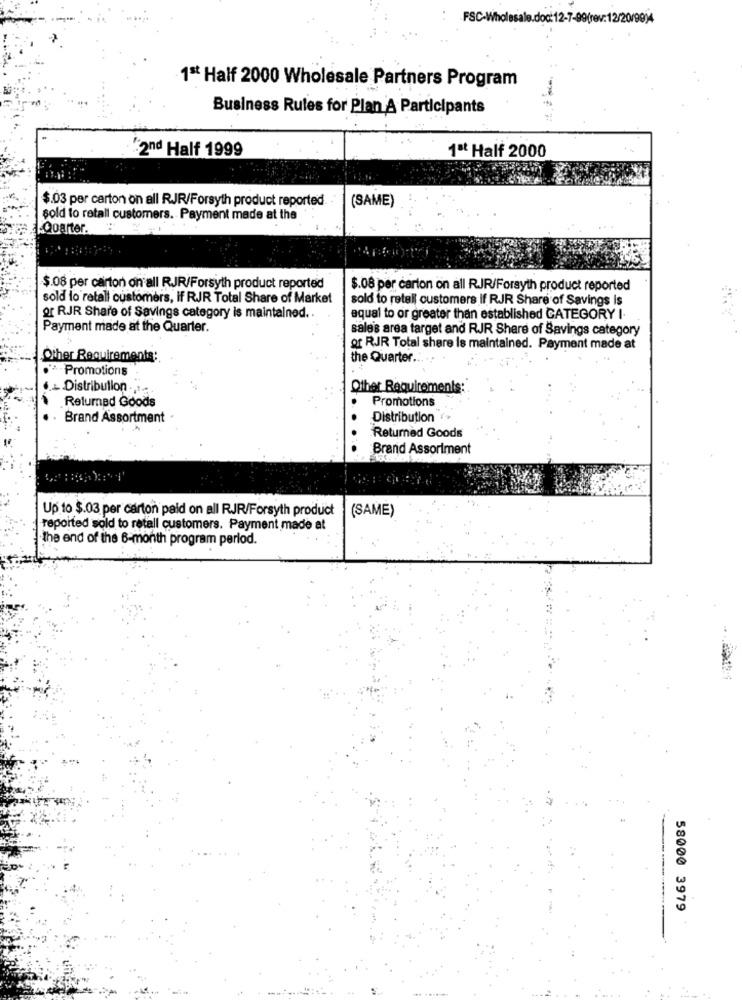
FSC
==-
1ª Half 2000 Wholesale Partners Program
Business Rules for Plan A Participants
2nd Half 1999
1ªt Half 2000
$.03 per carton on all RJR/Forsyth product reported.
(SAME)
sold to retall customers. Payment made at the
Qoarter.
$.08 per carton on all RJR/Forsyth product reported
$.08 per carton on all RJR/Forsyth product reported
sold to retall customers, IF RJR Total Share of Market
sold to retell customers If RJR Share of Savings Is
or RJR Share of Savings category is maintained. .
equal to or greater than established CATEGORY I.
Payment made at the Quarter.
sale's area target and RJR Share of Savings category
of RJR Total share is maintained. Payment made at
Other Requirements:
the Quarter ...
Promotions
- Distribution
Other Requirements:
Returnad Goods
Promotions
Brand Assortment
Distribution
Returned Goods
Brand Assoriment
Up to $.03 per carton paid on all RJR/Forsyth product
(SAME)
reported sold to retall customers. Payment made at
the end of the 6-month program perlod.
58000 3979